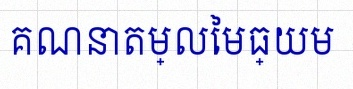
គណនាតម្លៃមធ្យម